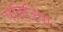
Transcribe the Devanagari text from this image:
पत्रिजिया